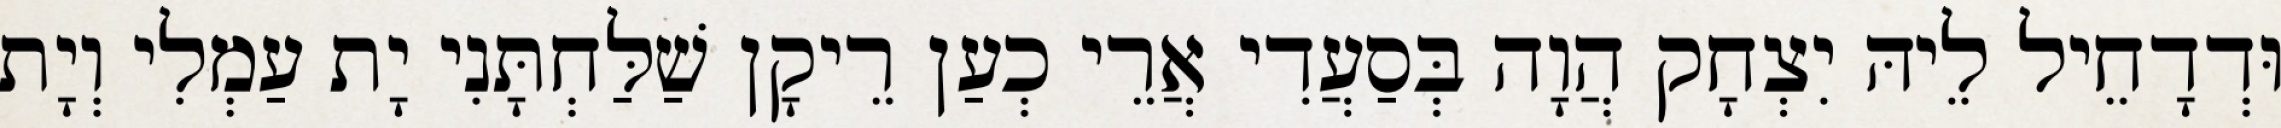
וּדְדָחֵיל לֵיהּ יִצְחָק הֲוָה בְּסַעֲדִי אֲרֵי כְעַן רֵיקָן שַׁלַּחְתָּנִי יָת עַמְלִי וְיָת